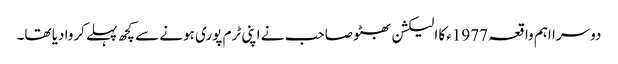
دوسرا اہم واقعہ 1977ءکا الیکشن بھٹو صاحب نے اپنی ٹرم پوری ہونے سے کچھ پہلے کروا دیا تھا۔